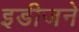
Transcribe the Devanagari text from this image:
इडीजने